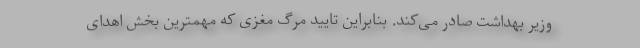
وزیر بهداشت صادر می‌کند. بنابراین تایید مرگ مغزی که مهمترین بخش اهدای